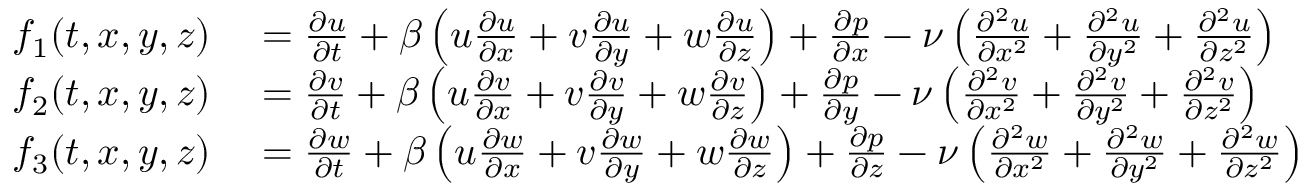
\begin{array} { r l } { f _ { 1 } ( t , x , y , z ) } & { { } = \frac { \partial u } { \partial t } + \beta \left( u \frac { \partial u } { \partial x } + v \frac { \partial u } { \partial y } + w \frac { \partial u } { \partial z } \right) + \frac { \partial p } { \partial x } - \nu \left( \frac { \partial ^ { 2 } u } { \partial x ^ { 2 } } + \frac { \partial ^ { 2 } u } { \partial y ^ { 2 } } + \frac { \partial ^ { 2 } u } { \partial z ^ { 2 } } \right) } \\ { f _ { 2 } ( t , x , y , z ) } & { { } = \frac { \partial v } { \partial t } + \beta \left( u \frac { \partial v } { \partial x } + v \frac { \partial v } { \partial y } + w \frac { \partial v } { \partial z } \right) + \frac { \partial p } { \partial y } - \nu \left( \frac { \partial ^ { 2 } v } { \partial x ^ { 2 } } + \frac { \partial ^ { 2 } v } { \partial y ^ { 2 } } + \frac { \partial ^ { 2 } v } { \partial z ^ { 2 } } \right) } \\ { f _ { 3 } ( t , x , y , z ) } & { { } = \frac { \partial w } { \partial t } + \beta \left( u \frac { \partial w } { \partial x } + v \frac { \partial w } { \partial y } + w \frac { \partial w } { \partial z } \right) + \frac { \partial p } { \partial z } - \nu \left( \frac { \partial ^ { 2 } w } { \partial x ^ { 2 } } + \frac { \partial ^ { 2 } w } { \partial y ^ { 2 } } + \frac { \partial ^ { 2 } w } { \partial z ^ { 2 } } \right) } \end{array}